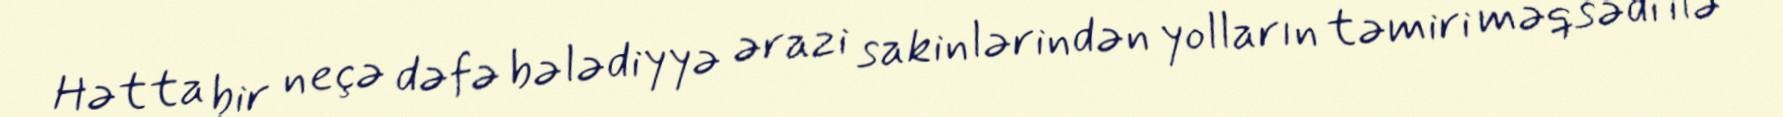
Hətta bir neçə dəfə bələdiyyə ərazi sakinlərindən yolların təmiri məqsədi ilə